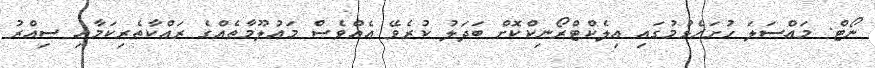
ނޯޓް: މައްސަލަ ހުށަހެޅުމުގައި އިލެކްޓްރޯނިކްކޮށް ބަދަލު ކުރެވޭ އެއްވެސް މަޢުލޫމާތެއްގެ ރައްކާތެރިކަމާއި ސިއްރު